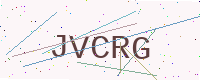
Text: JVCRG